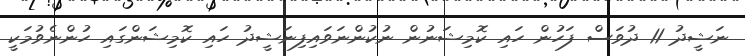
ނަޝީދު 11 ދުވަސް ފަހުން ހައި ކޮމިޝަނުން ނުކުންނަވައިފިނަޝީދު ހައި ކޮމިޝަންގައި ހުންނެވުމަކީ